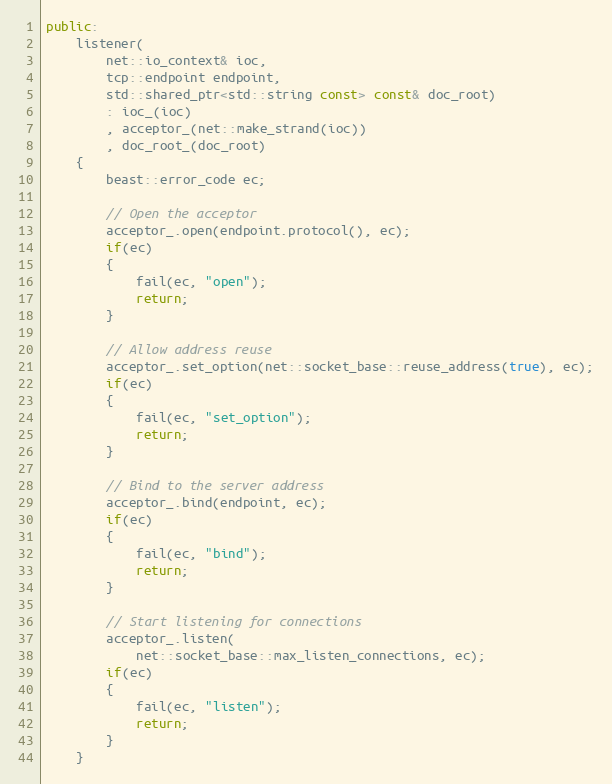
Language: C++
public:
    listener(
        net::io_context& ioc,
        tcp::endpoint endpoint,
        std::shared_ptr<std::string const> const& doc_root)
        : ioc_(ioc)
        , acceptor_(net::make_strand(ioc))
        , doc_root_(doc_root)
    {
        beast::error_code ec;

        // Open the acceptor
        acceptor_.open(endpoint.protocol(), ec);
        if(ec)
        {
            fail(ec, "open");
            return;
        }

        // Allow address reuse
        acceptor_.set_option(net::socket_base::reuse_address(true), ec);
        if(ec)
        {
            fail(ec, "set_option");
            return;
        }

        // Bind to the server address
        acceptor_.bind(endpoint, ec);
        if(ec)
        {
            fail(ec, "bind");
            return;
        }

        // Start listening for connections
        acceptor_.listen(
            net::socket_base::max_listen_connections, ec);
        if(ec)
        {
            fail(ec, "listen");
            return;
        }
    }